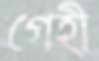
গেহী